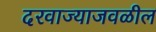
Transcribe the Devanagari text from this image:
दरवाज्याजवळील